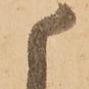
候